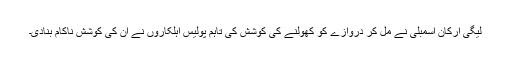
لیگی ارکان اسمبلی نے مل کر دروازے کو کھولنے کی کوشش کی تاہم پولیس اہلکاروں نے ان کی کوشش ناکام بنادی۔